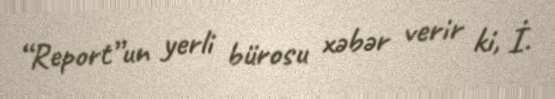
“Report”un yerli bürosu xəbər verir ki, İ.